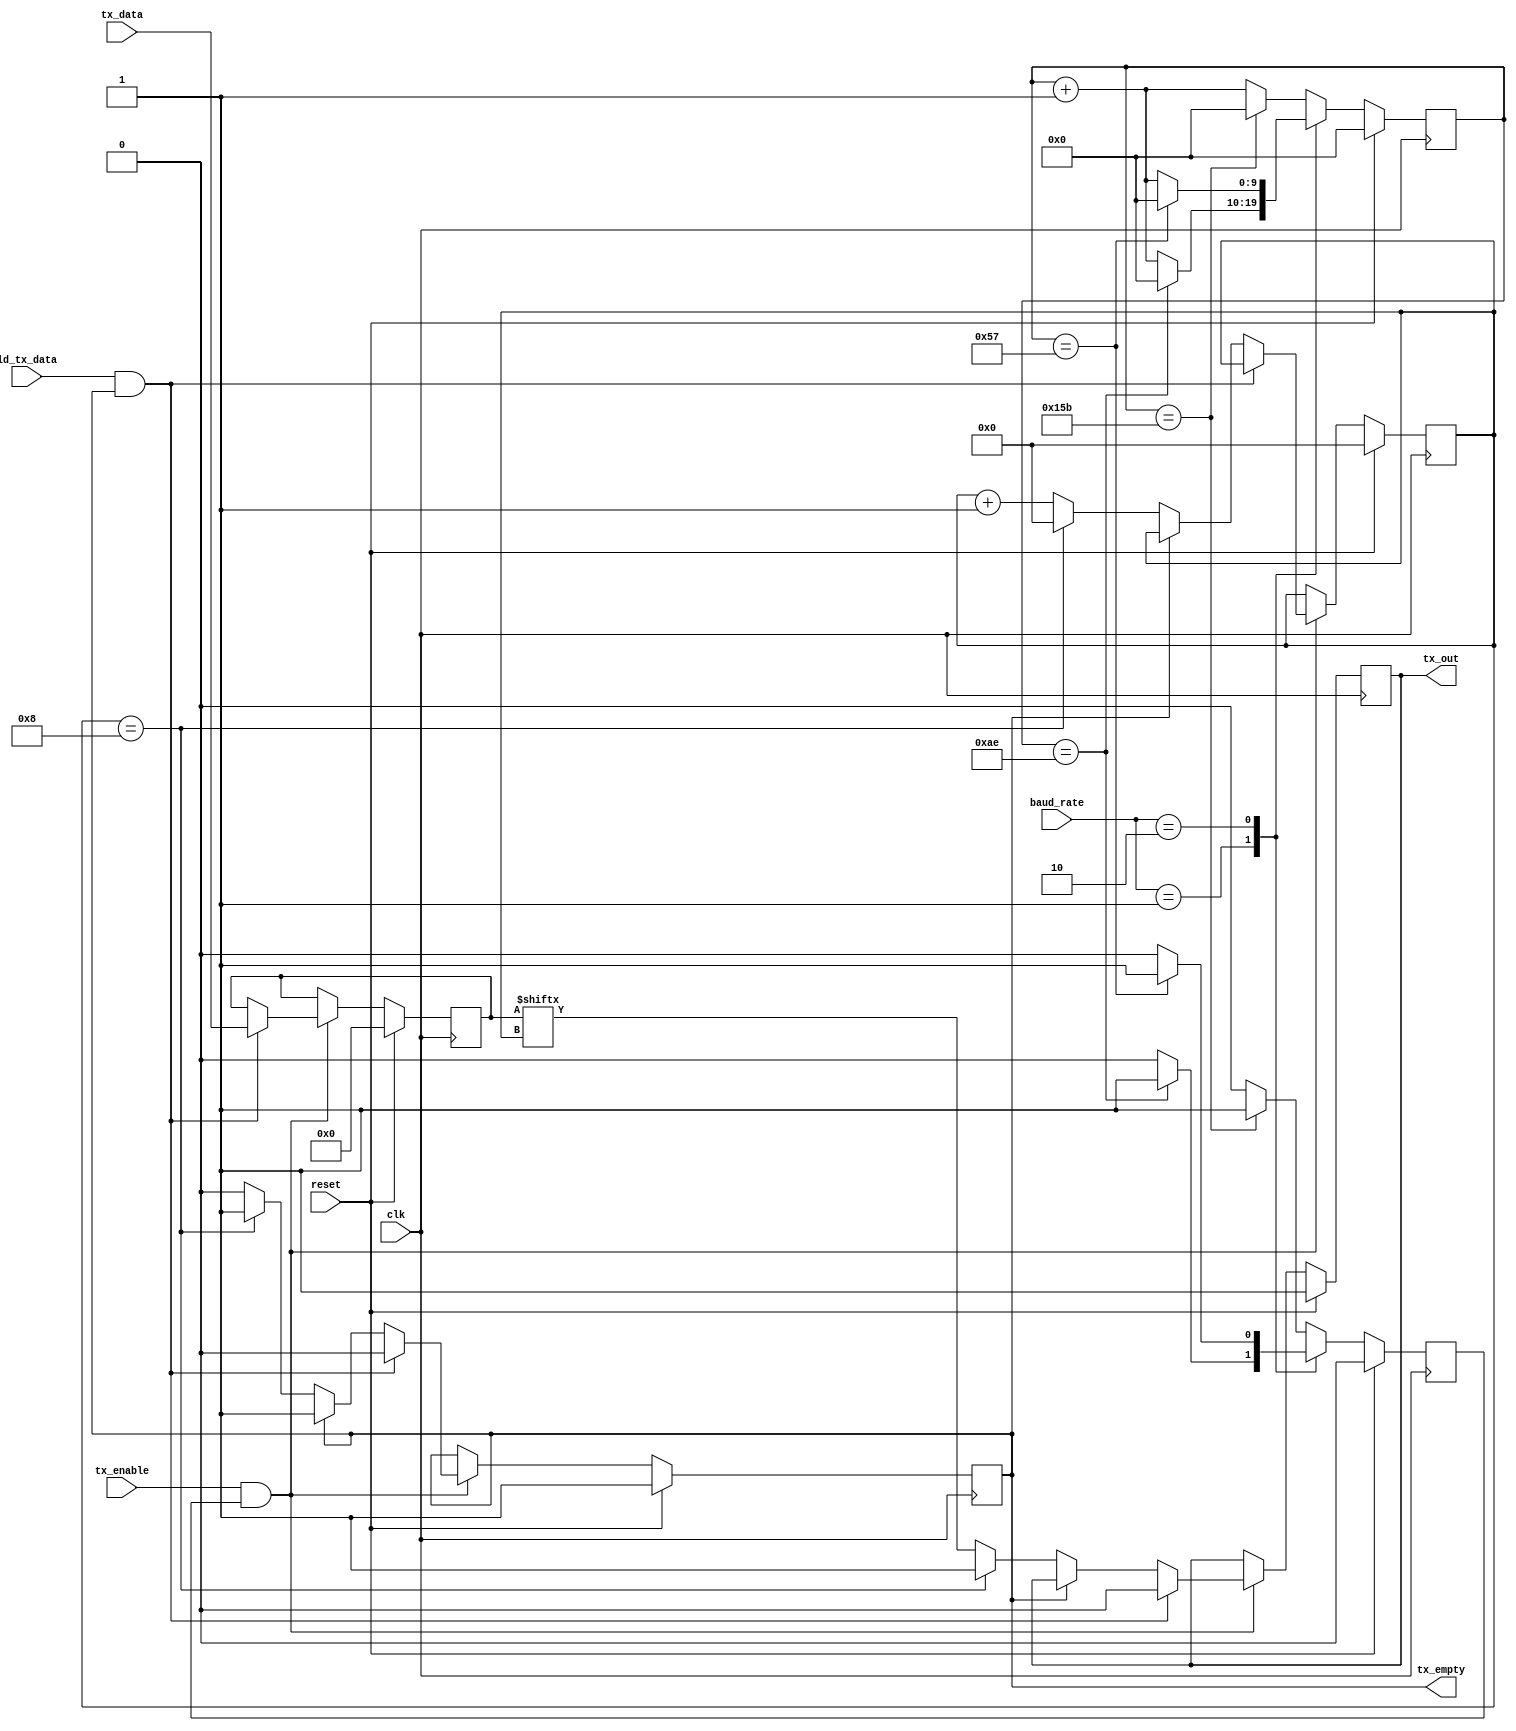
module uart_tx (
	input reset,
	input clk,
	input [1:0] baud_rate,
	input ld_tx_data,
	input [7:0] tx_data,
	input tx_enable,
	(* IOB = "TRUE" *) output reg tx_out,
	output reg tx_empty
);
parameter ML505 = 0; //default to 0 if not specified
// Internal registers
reg [7:0] tx_reg;
//reg          tx_over_run    ;
reg [3:0] tx_cnt;
reg [9:0] baud_cnt;
reg baud_clk;
// UART TX Logic
always @ (posedge clk) begin
	if (reset) begin
		baud_clk <= 1'b0;
		baud_cnt <= 10'b0;
		tx_reg        <= 8'd0;
		tx_empty      <= 1'b1;
		//tx_over_run   <= 0;
		tx_out        <= 1'b1;
		tx_cnt        <= 4'd0;
	end else begin // if (reset)
		if (ML505) begin
			if (baud_cnt == 10'd868) begin
				baud_clk <= 1'b1;
				baud_cnt <= 10'd0;
			end else begin
				baud_clk <= 1'b0;
				baud_cnt <= baud_cnt + 1;
			end
		end else begin
			case(baud_rate)
				2'd0: begin // 115200 Baud
					if (baud_cnt == 10'd347) begin
						baud_clk <= 1'b1;
						baud_cnt <= 10'd0;
					end else begin
						baud_clk <= 1'b0;
						baud_cnt <= baud_cnt + 1;
					end
				end
				2'd1: begin
					if (baud_cnt == 10'd174) begin // 230400 Baud
						baud_clk <= 1'b1;
						baud_cnt <= 10'd0;
					end else begin
						baud_clk <= 1'b0;
						baud_cnt <= baud_cnt + 1;
					end
				end
				2'd2: begin
					if (baud_cnt == 10'd87) begin // 460800 Baud
						baud_clk <= 1'b1;
						baud_cnt <= 10'd0;
					end else begin
						baud_clk <= 1'b0;
						baud_cnt <= baud_cnt + 1;
					end
				end
				default: begin // deafult to 115200 Baud
					if (baud_cnt == 10'd347) begin
						baud_clk <= 1'b1;
						baud_cnt <= 10'd0;
					end else begin
						baud_clk <= 1'b0;
						baud_cnt <= baud_cnt + 1;
					end
				end
			endcase
		end //if (~ML505)
		if (tx_enable && baud_clk) begin
			if (ld_tx_data && tx_empty) begin
				tx_reg   <= tx_data;
				tx_empty <= 1'b0;
				tx_out <= 1'b0; //Send start bit immediately
				tx_cnt <= tx_cnt;
			  //tx_over_run <= 0; // um....	??
			end else if (!tx_empty) begin
				tx_reg <= tx_reg;
				if (tx_cnt == 4'd8) begin
					tx_cnt <= 4'd0;
					tx_out <= 1'b1;
					tx_empty <= 1'b1;
				end else begin
					tx_cnt <= tx_cnt + 1;
					tx_out <= tx_reg[tx_cnt];
					tx_empty <= tx_empty;
				end
			end else begin
				tx_reg <= tx_reg;
				tx_cnt <= tx_cnt;
				tx_out <= tx_out;
				tx_empty <= tx_empty;
			end
		end else begin
			tx_reg <= tx_reg;
			tx_cnt <= tx_cnt;
			tx_out <= tx_out;
			tx_empty <= tx_empty;
		end //if (~(tx_enable && baud_clk))
	end //if (~reset)
end //always
endmodule